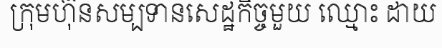
ក្រុមហ៊ុនសម្បទានសេដ្ឋកិច្ចមួយ ឈ្មោះ ដាយ